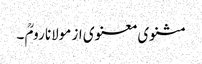
مثنوی معنوی از مولانا رومؒ ۔